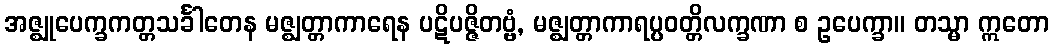
အဇ္ဈုပေက္ခကတ္တသင်္ခါတေန မဇ္ဈတ္တာကာရေန ပဋိပဇ္ဇိတဗ္ဗံ, မဇ္ဈတ္တာကာရပ္ပဝတ္တိလက္ခဏာ စ ဥပေက္ခာ။ တသ္မာ ဣတော